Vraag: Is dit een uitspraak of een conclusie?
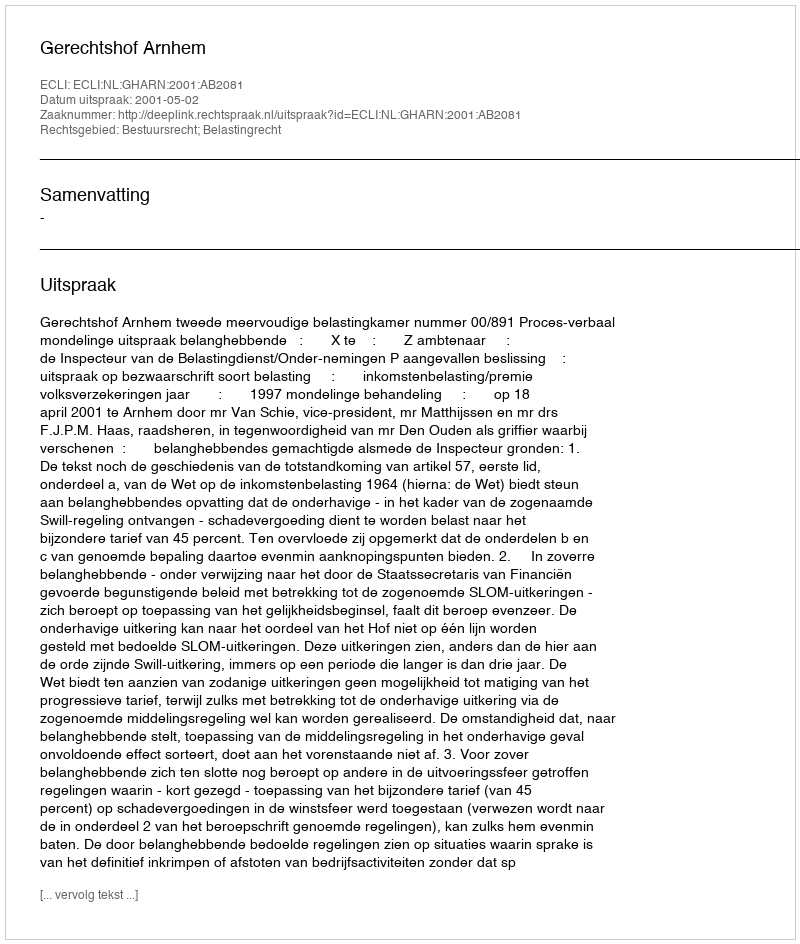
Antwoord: Uitspraak